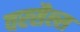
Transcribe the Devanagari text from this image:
वरसैल्स